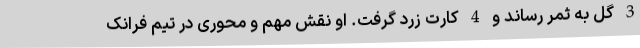
3 گل به ثمر رساند و 4 کارت زرد گرفت. او نقش مهم و محوری در تیم فرانک